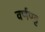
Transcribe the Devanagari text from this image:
वर्णपट्ट